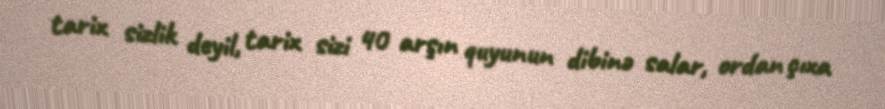
tarix sizlik deyil, tarix sizi 40 arşın quyunun dibinə salar, ordan çıxa